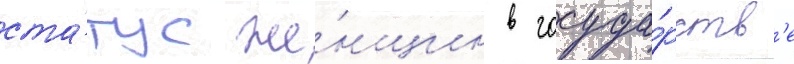
ста́тус же́нщин в госуда́рств'е